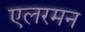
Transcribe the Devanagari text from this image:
एलरमन